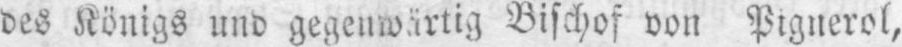
Bischof von Pignerol,